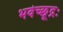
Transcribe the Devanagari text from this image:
भवेच्छूद्रः